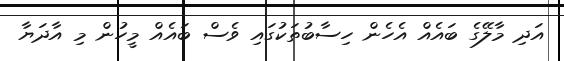
އަދި މާލޭގެ ބައެއް އެހެން ހިސާބުތަކުގައި ވެސް ބައެއް މީހުން މި އާދަޔާ